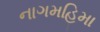
નાગમહિમા